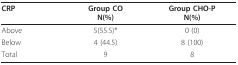
| CRP | Group CON(%) | Group CHO-PN(%) |
 | --- | --- | --- |
 | Above | 5(55.5)* | 0 (0) |
 | Below | 4 (44.5) | 8 (100) |
 | Total | 9 | 8 |